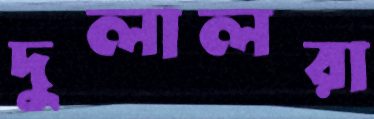
দুলালরা